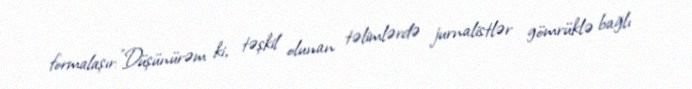
formalaşır:"Düşünürəm ki, təşkil olunan təlimlərdə jurnalistlər gömrüklə bağlı